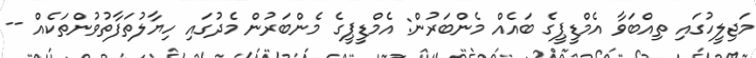
މަޖިލީހުގައި ތިއްބަވާ އެމްޑީޕީގެ ބައެއް މެންބަރުން: އެމްޑީޕީގެ މެންބަރުން މެދުގައި ހިޔާލުތަފާތުވުންތަކެއް --